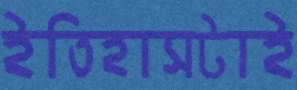
ইতিহাসটাই